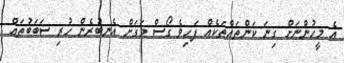
އެ މީހުންނަށް ގިނަ ކަންތައްތަކެއް ފަހިވެ ގޯސް މަގަށް އެނބުރެން ހުރި ސަބަބުތައް